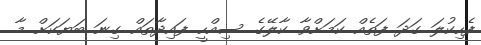
ފެހިކުލަ ގަދަ ފަތެއް ކަމަށްވާ ކާލޭގެ ސިއްހީ ފައިދާތައް ގިނަ ބަޔަކަށް މާ